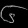
Digit: ၆